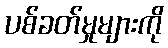
ပစ်ခတ်မှုများကို